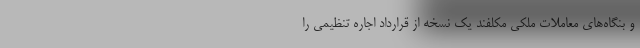
و بنگاه‌های معاملات ملکی مکلفند یک نسخه از قرارداد اجاره تنظیمی را